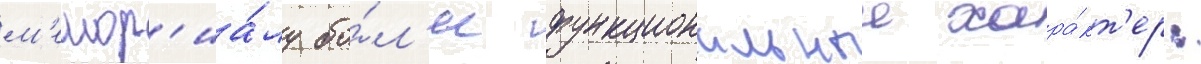
м'емор'иа́лу бо́л'ее функциональныи хара́кт'ер: